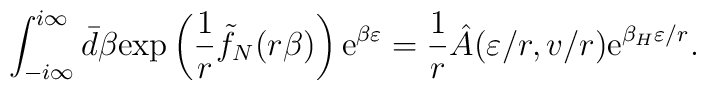
\int_{-i\infty}^{i\infty}\bar d\beta  \hbox{exp}\left({1\over r}\tilde f_N(r\beta)\right)\hbox{e}^{\beta \varepsilon}={1\over r}\hat A(\varepsilon/r,v/r)\hbox{e}^{{\beta_H \varepsilon}/r}.